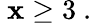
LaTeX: ~\mathbf{x}\geq3~.